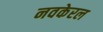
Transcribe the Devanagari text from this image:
नवकेरल